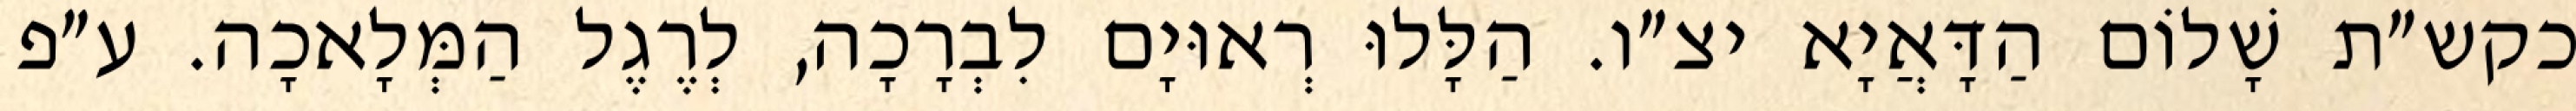
כקש״ת שָׁלוֹם הַדָּאֲיָא יצ״ו. הַלָּלוּ רְאוּיָם לִבְרָכָה, לְרֶגֶל הַמְּלָאכָה. ע״פ